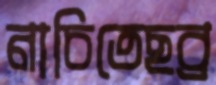
নাচিতেছব্র